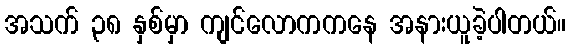
အသက် ၃၈ နှစ်မှာ ကျင်လောကကနေ အနားယူခဲ့ပါတယ်။